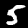
Digit: 5